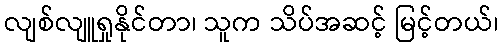
လျစ်လျူရှုနိုင်တာ၊ သူက သိပ်အဆင့် မြင့်တယ်၊